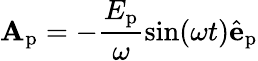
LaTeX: \mathbf{A}_{\textrm{p}}=-\frac{E_{\textrm{p}}}{\omega}\sin(\omega t)\hat{\mathbf{e}}_{\textrm{p}}